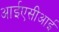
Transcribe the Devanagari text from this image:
आईएसीआई